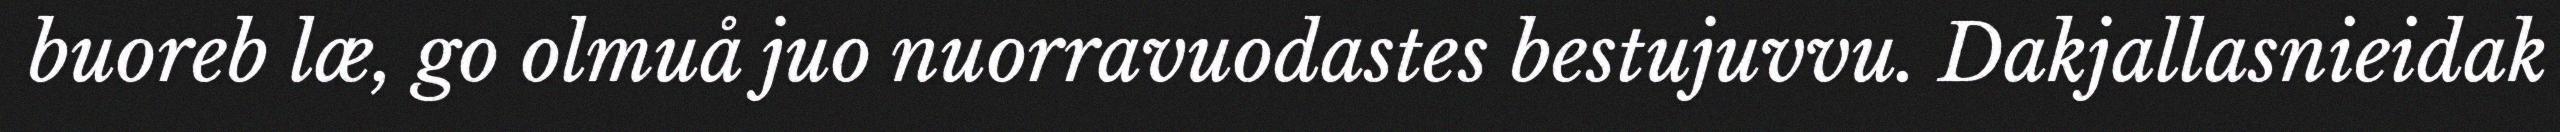
buoreb læ, go olmuå juo nuorravuodastes bestujuvvu. Dakjallasnieidak